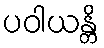
ပဝါယန္တိ